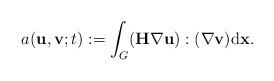
LaTeX: \begin{align*}a(\mathbf{u}, \mathbf{v}; t) :=\int_{G} (\mathbf{H} \nabla \mathbf{u}) : (\nabla \mathbf{v}) \mathrm{d}\mathbf{x}. \end{align*}